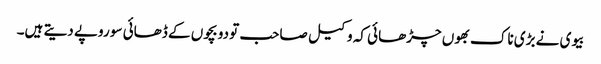
بیوی نے بڑی ناک بھوں چڑھائی کہ وکیل صاحب تو دو بچوں کے ڈھائی سو روپے دیتے ہیں۔